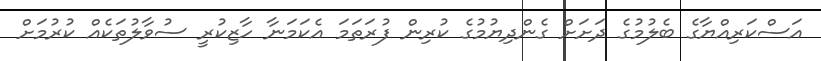
އަސްކަރިއްޔާގެ ބެލުމުގެ ދަށަށް ގެންދިޔުމުގެ ކުރިން ފުރަތަމަ އެކަމަނާ ހާޒިކުރީ ސުވާލުތަކެއް ކުރުމަަށް